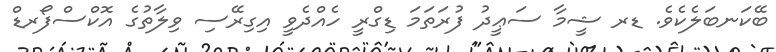
ބޭކަނބަލެކެވެ. ޑރ ޝީމާ ސަޢީދު ފުރަތަމަ ޑިގްރީ ހެއްދެވީ އިގިރޭސި ވިލާތުގެ އޮކްސްފޯރޑް